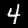
Label: 4